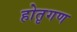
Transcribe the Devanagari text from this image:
होतृगण